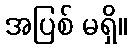
အပြစ် မရှိ။